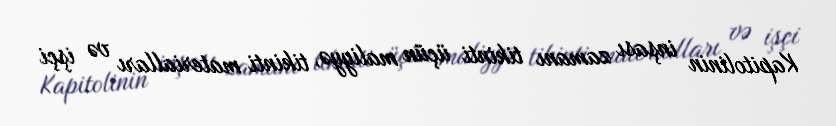
Kapitolinin inşası zamanı tikinti üçün maliyyə, tikinti materialları və işçi